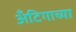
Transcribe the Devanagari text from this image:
अँटिगाच्या